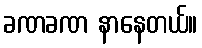
ခဏခဏ နာနေတယ်။